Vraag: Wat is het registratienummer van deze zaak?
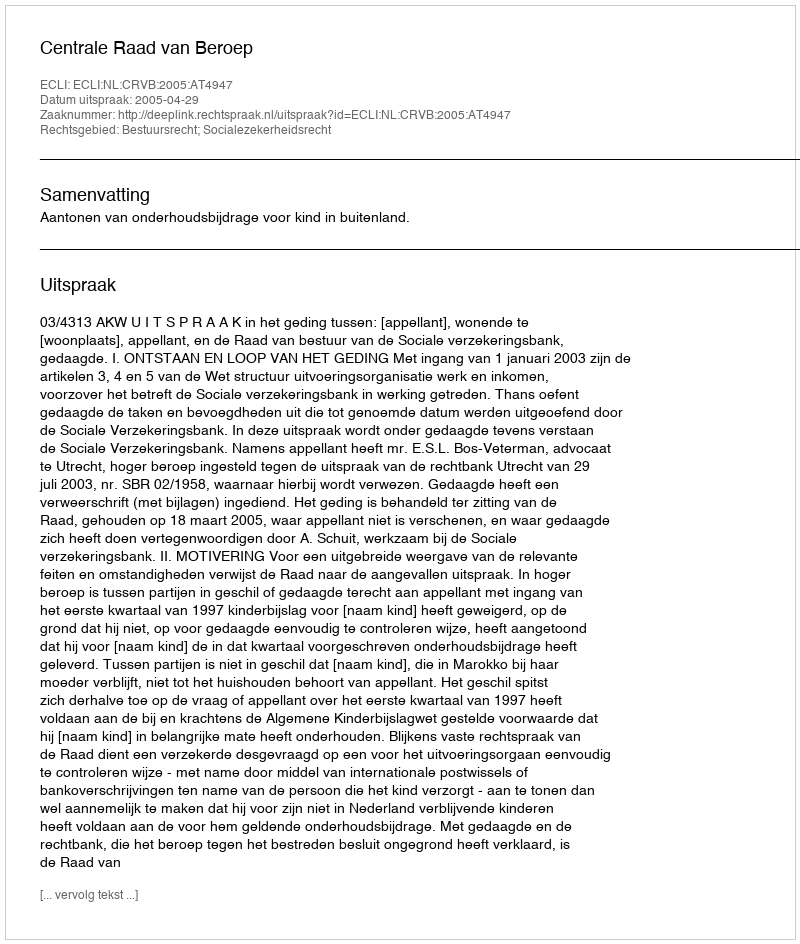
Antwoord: http://deeplink.rechtspraak.nl/uitspraak?id=ECLI:NL:CRVB:2005:AT4947